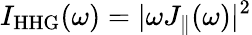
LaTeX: I_{\mathrm{HHG}}(\omega)=|\omega J_{\parallel}(\omega)|^{2}